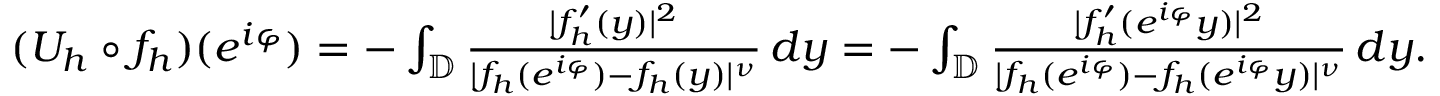
\begin{array} { r } { ( U _ { h } \circ f _ { h } ) ( e ^ { i \varphi } ) = - \int _ { \mathbb { D } } \frac { | f _ { h } ^ { \prime } ( y ) | ^ { 2 } } { | f _ { h } ( e ^ { i \varphi } ) - f _ { h } ( y ) | ^ { \nu } } \, d y = - \int _ { \mathbb { D } } \frac { | f _ { h } ^ { \prime } ( e ^ { i \varphi } y ) | ^ { 2 } } { | f _ { h } ( e ^ { i \varphi } ) - f _ { h } ( e ^ { i \varphi } y ) | ^ { \nu } } \, d y . } \end{array}